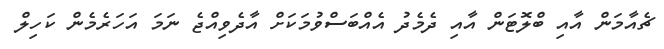
ޗެއާމަން އާއި ބްލޮޓަން އާއި ދެމެދު އެއްބަސްވުމަކަށް އާދެވިއްޖެ ނަމަ އަހަރެމެން ކަހިލް